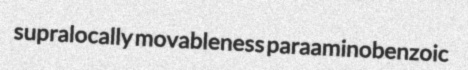
supralocally movableness paraaminobenzoic